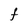
Character: f